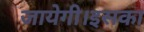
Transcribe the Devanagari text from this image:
जायेगी।इसका